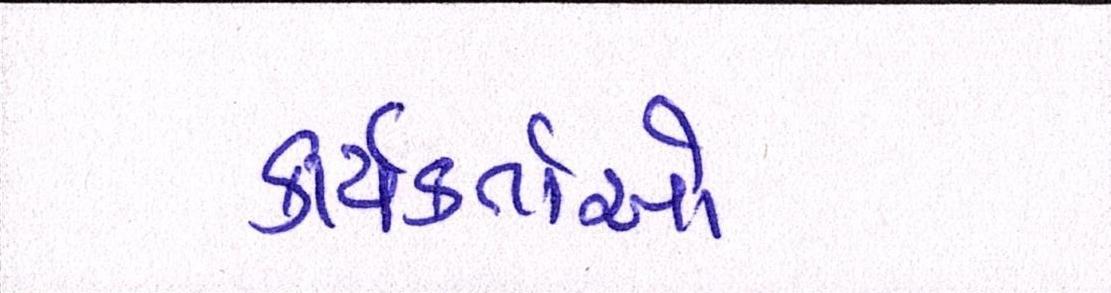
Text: કાર્યકર્તાઓ